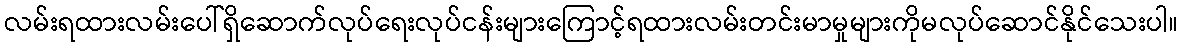
လမ်းရထားလမ်းပေါ်ရှိဆောက်လုပ်ရေးလုပ်ငန်းများကြောင့်ရထားလမ်းတင်းမာမှုများကိုမလုပ်ဆောင်နိုင်သေးပါ။